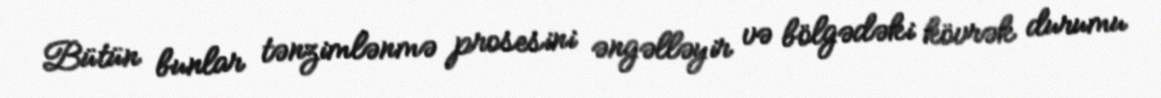
Bütün bunlar tənzimlənmə prosesini əngəlləyir və bölgədəki kövrək durumu